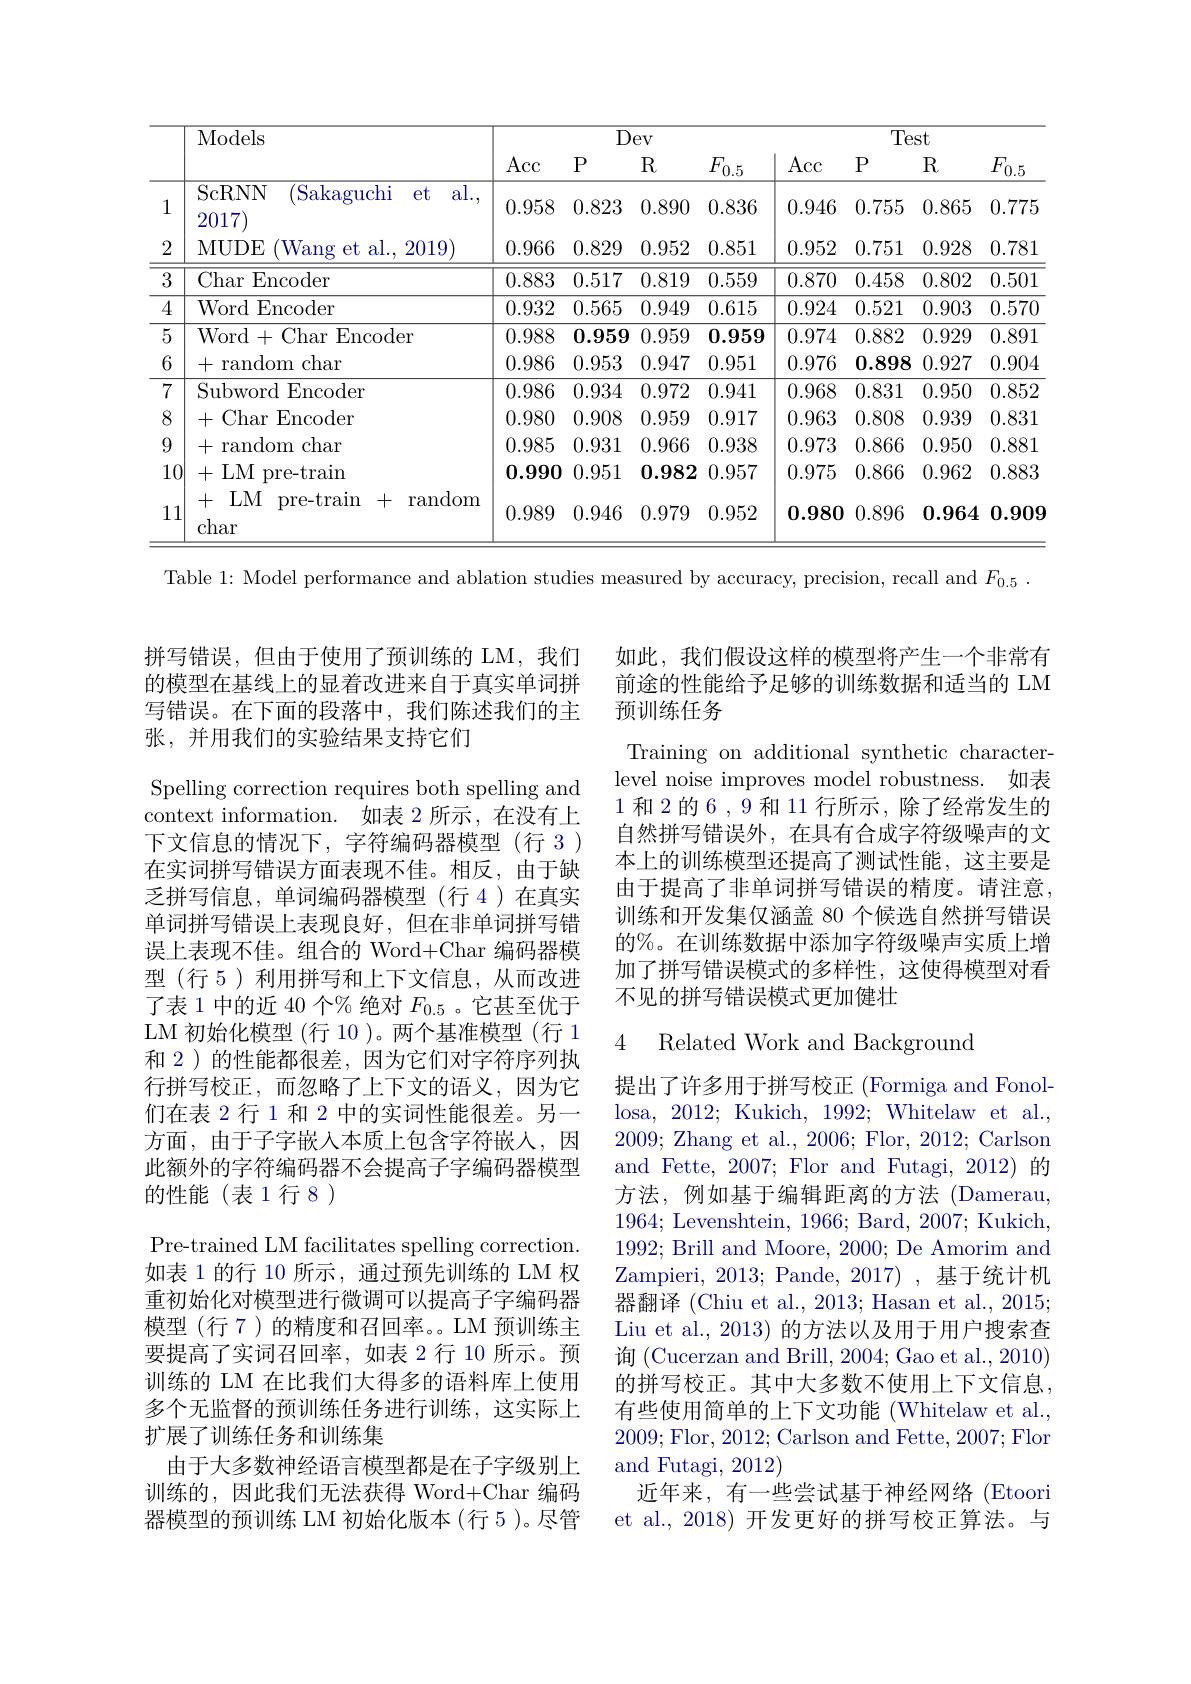
<table>
	<tbody>
		<tr>
			<th> </th>
			<th>Models</th>
			<th colspan="4">Dev</th>
			<th colspan="4">Test</th>
		</tr>
		<tr>
			<th> </th>
			<th> </th>
			<th>Acc</th>
			<th>$P$</th>
			<th>R</th>
			<th>$F_{0.5}$</th>
			<th>$\operatorname{Acc}$</th>
			<th>$P$</th>
			<th>R</th>
			<th>$F_{0.5}$</th>
		</tr>
		<tr>
			<td>1</td>
			<td>ScRNN (Sakaguchi $et$ al. 2017</td>
			<td>0.958</td>
			<td>0.823</td>
			<td>0.890</td>
			<td>0.836</td>
			<td>0.946</td>
			<td>0.755</td>
			<td>0.865</td>
			<td>0.775</td>
		</tr>
		<tr>
			<td>2</td>
			<td>MUDE (Wang et al., 2019)</td>
			<td>0.966</td>
			<td>0.829</td>
			<td>0.952</td>
			<td>0.851</td>
			<td>0.952</td>
			<td>0.751</td>
			<td>0.928</td>
			<td>0.781</td>
		</tr>
		<tr>
			<td>3</td>
			<td>Char Encoder</td>
			<td>0.883</td>
			<td>0.517</td>
			<td>0.819</td>
			<td>0.559</td>
			<td>0.870</td>
			<td>0.458</td>
			<td>0.802</td>
			<td>0.501</td>
		</tr>
		<tr>
			<td>4</td>
			<td>WordEncoder</td>
			<td>0.932</td>
			<td>0.565</td>
			<td>0.949</td>
			<td>0.615</td>
			<td>0.924</td>
			<td>0.521</td>
			<td>0.903</td>
			<td>0.570</td>
		</tr>
		<tr>
			<td>5</td>
			<td>Word+CharEncoder</td>
			<td>0.988</td>
			<td>$\mathbf{0.959}$</td>
			<td>0.959</td>
			<td>$\mathbf{0.959}$</td>
			<td>0.974</td>
			<td>0.882</td>
			<td>0.929</td>
			<td>0.891</td>
		</tr>
		<tr>
			<td>6</td>
			<td>+ - random 1char</td>
			<td>0.986</td>
			<td>0.953</td>
			<td>0.947</td>
			<td>0.951</td>
			<td>0.976</td>
			<td>0.898</td>
			<td>0.927</td>
			<td>0.904</td>
		</tr>
		<tr>
			<td>7</td>
			<td>Subword Encoder</td>
			<td>0.986</td>
			<td>0.934</td>
			<td>0.972</td>
			<td>0.941</td>
			<td>0.968</td>
			<td>0.831</td>
			<td>0.950</td>
			<td>0.852</td>
		</tr>
		<tr>
			<td>8</td>
			<td>+ - CharEncoder</td>
			<td>0.980</td>
			<td>0.908</td>
			<td>0.959</td>
			<td>0.917</td>
			<td>0.963</td>
			<td>0.808</td>
			<td>0.939</td>
			<td>0.831</td>
		</tr>
		<tr>
			<td>9</td>
			<td>+ - random ${\mathrm{~char}}$</td>
			<td>0.985</td>
			<td>0.931</td>
			<td>0.966</td>
			<td>0.938</td>
			<td>0.973</td>
			<td>0.866</td>
			<td>0.950</td>
			<td>0.881</td>
		</tr>
		<tr>
			<td>10|</td>
			<td>+LM pre-train</td>
			<td>0.990</td>
			<td>0.951</td>
			<td>$\mathbf{0.982}$</td>
			<td>0.957</td>
			<td>0.975</td>
			<td>0.866</td>
			<td>0.962</td>
			<td>0.883</td>
		</tr>
		<tr>
			<td>11</td>
			<td>+ $LM$ pre-train + random char</td>
			<td>0.989</td>
			<td>0.946</td>
			<td>0.979</td>
			<td>0.952</td>
			<td>$\mathbf{0.980}$</td>
			<td>0.896</td>
			<td>0.964</td>
			<td>0.909</td>
		</tr>
	</tbody>
</table>

Table 1: Model performance and ablation studies measured by accuracy, precision, recall and $F_{0. 5}$ .

如此，我们假设这样的模型将产生一个非常有前途的性能给予足够的训练数据和适当的 LM 预训练任务

拼写错误，但由于使用了预训练的 LM,我们的模型在基线上的显着改进来自于真实单词拼写错误。在下面的段落中，我们陈述我们的主张，并用我们的实验结果支持它们

Training on additional synthetic characterlevel noise improves model robustness. 如表1 和 2 的 6 , 9 和 11 行所示 , 除了经常发生的自然拼写错误外，在具有合成字符级噪声的文本上的训练模型还提高了测试性能，这主要是由于提高了非单词拼写错误的精度。请注意， 训练和开发集仅涵盖 80 个候选自然拼写错误的%。在训练数据中添加字符级噪声实质上增加了拼写错误模式的多样性，这使得模型对看不见的拼写错误模式更加健壮

### 4 Related Work and Background

Spelling correction requires both spelling and context information. 如表 2 所示，在没有上下文信息的情况下，字符编码器模型(行 3) 在实词拼写错误方面表现不佳。相反，由于缺乏拼写信息，单词编码器模型(行4)在真实单词拼写错误上表现良好，但在非单词拼写错误上表现不佳。组合的 Word+Char 编码器模型(行 5) 利用拼写和上下文信息，从而改进了表 1 中的近 40 个% 绝对$F_{0.5}$ 。它甚至优于LM 初始化模型 (行 10 )。两个基准模型 (行 1和 2)的性能都很差，因为它们对字符序列执行拼写校正，而忽略了上下文的语义，因为它们在表 2 行 1 和 2 中的实词性能很差。另一方面，由于子字嵌入本质上包含字符嵌人，因此额外的字符编码器不会提高子字编码器模型的性能(表1行8)
Pre-trained LM facilitates spelling correction. 如表 1 的行 10 所示 , 通过预先训练的 LM 权重初始化对模型进行微调可以提高子字编码器模型(行 7)的精度和召回率。LM 预训练主要提高了实词召回率，如表 2 行 10 所示。预训练的 LM 在比我们大得多的语料库上使用多个无监督的预训练任务进行训练，这实际上扩展了训练任务和训练集
由于大多数神经语言模型都是在子字级别上训练的，因此我们无法获得 Word+Char 编码器模型的预训练 LM 初始化版本(行 5 )。尽管

提出了许多用于拼写校正 (Formiga and Fonollosa, 2012; Kukich, 1992; Whitelaw et al., 2009; Zhang et al., 2006; Flor, 2012; Carlson and Fette, 2007; Flor and Futagi, 2012) 的方法，例如基于编辑距离的方法(Damerau, 1964; Levenshtein, 1966; Bard, 2007; Kukich, 1992; Brill and Moore, 2000; De Amorim and Zampieri, 2013; Pande, 2017) ,基于统计机器翻译 (Chiu et al., 2013; Hasan et al., 2015; Liu et al., 2013) 的方法以及用于用户搜索查询 (Cucerzan and Brill, 2004; Gao et al., 2010) 的拼写校正。其中大多数不使用上下文信息， 有些使用简单的上下文功能 (Whitelaw et al., 2009;Flor, 2012; Carlson and Fette, 2007; Flor and Futagi, 2012)
近年来，有一些尝试基于神经网络(Etoori et al., 2018) 开发更好的拼写校正算法。与